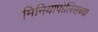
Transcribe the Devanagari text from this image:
मिनियापोलिसच्या